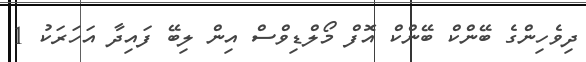
ދިވެހިންގެ ބޭންކް ބޭންކް އޮފް މޯލްޑިވްސް އިން ލިބޭ ފައިދާ އަހަރަކު 1